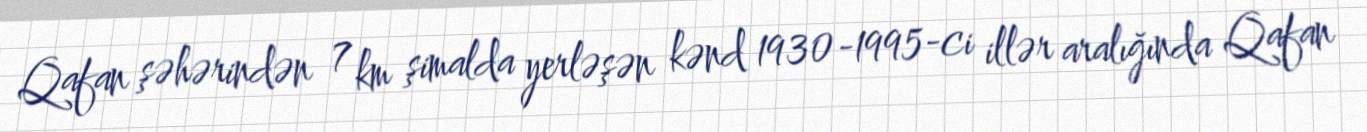
Qafan şəhərindən 7 km şimalda yerləşən kənd 1930-1995-ci illər aralığında Qafan